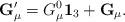
LaTeX: \begin{align*}{\bf G}'_{\mu}=G_{\mu}^{0}{\bf 1}_{3}+{\bf G}_{\mu}.\end{align*}